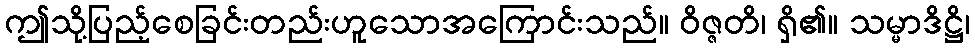
ဤသို့ပြည့်စေခြင်းတည်းဟူသောအကြောင်းသည်။ ဝိဇ္ဇတိ၊ ရှိ၏။ သမ္မာဒိဋ္ဌိ၊